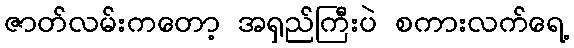
ဇာတ်လမ်းကတော့ အရှည်ကြီးပဲ စကားလက်ရေ့